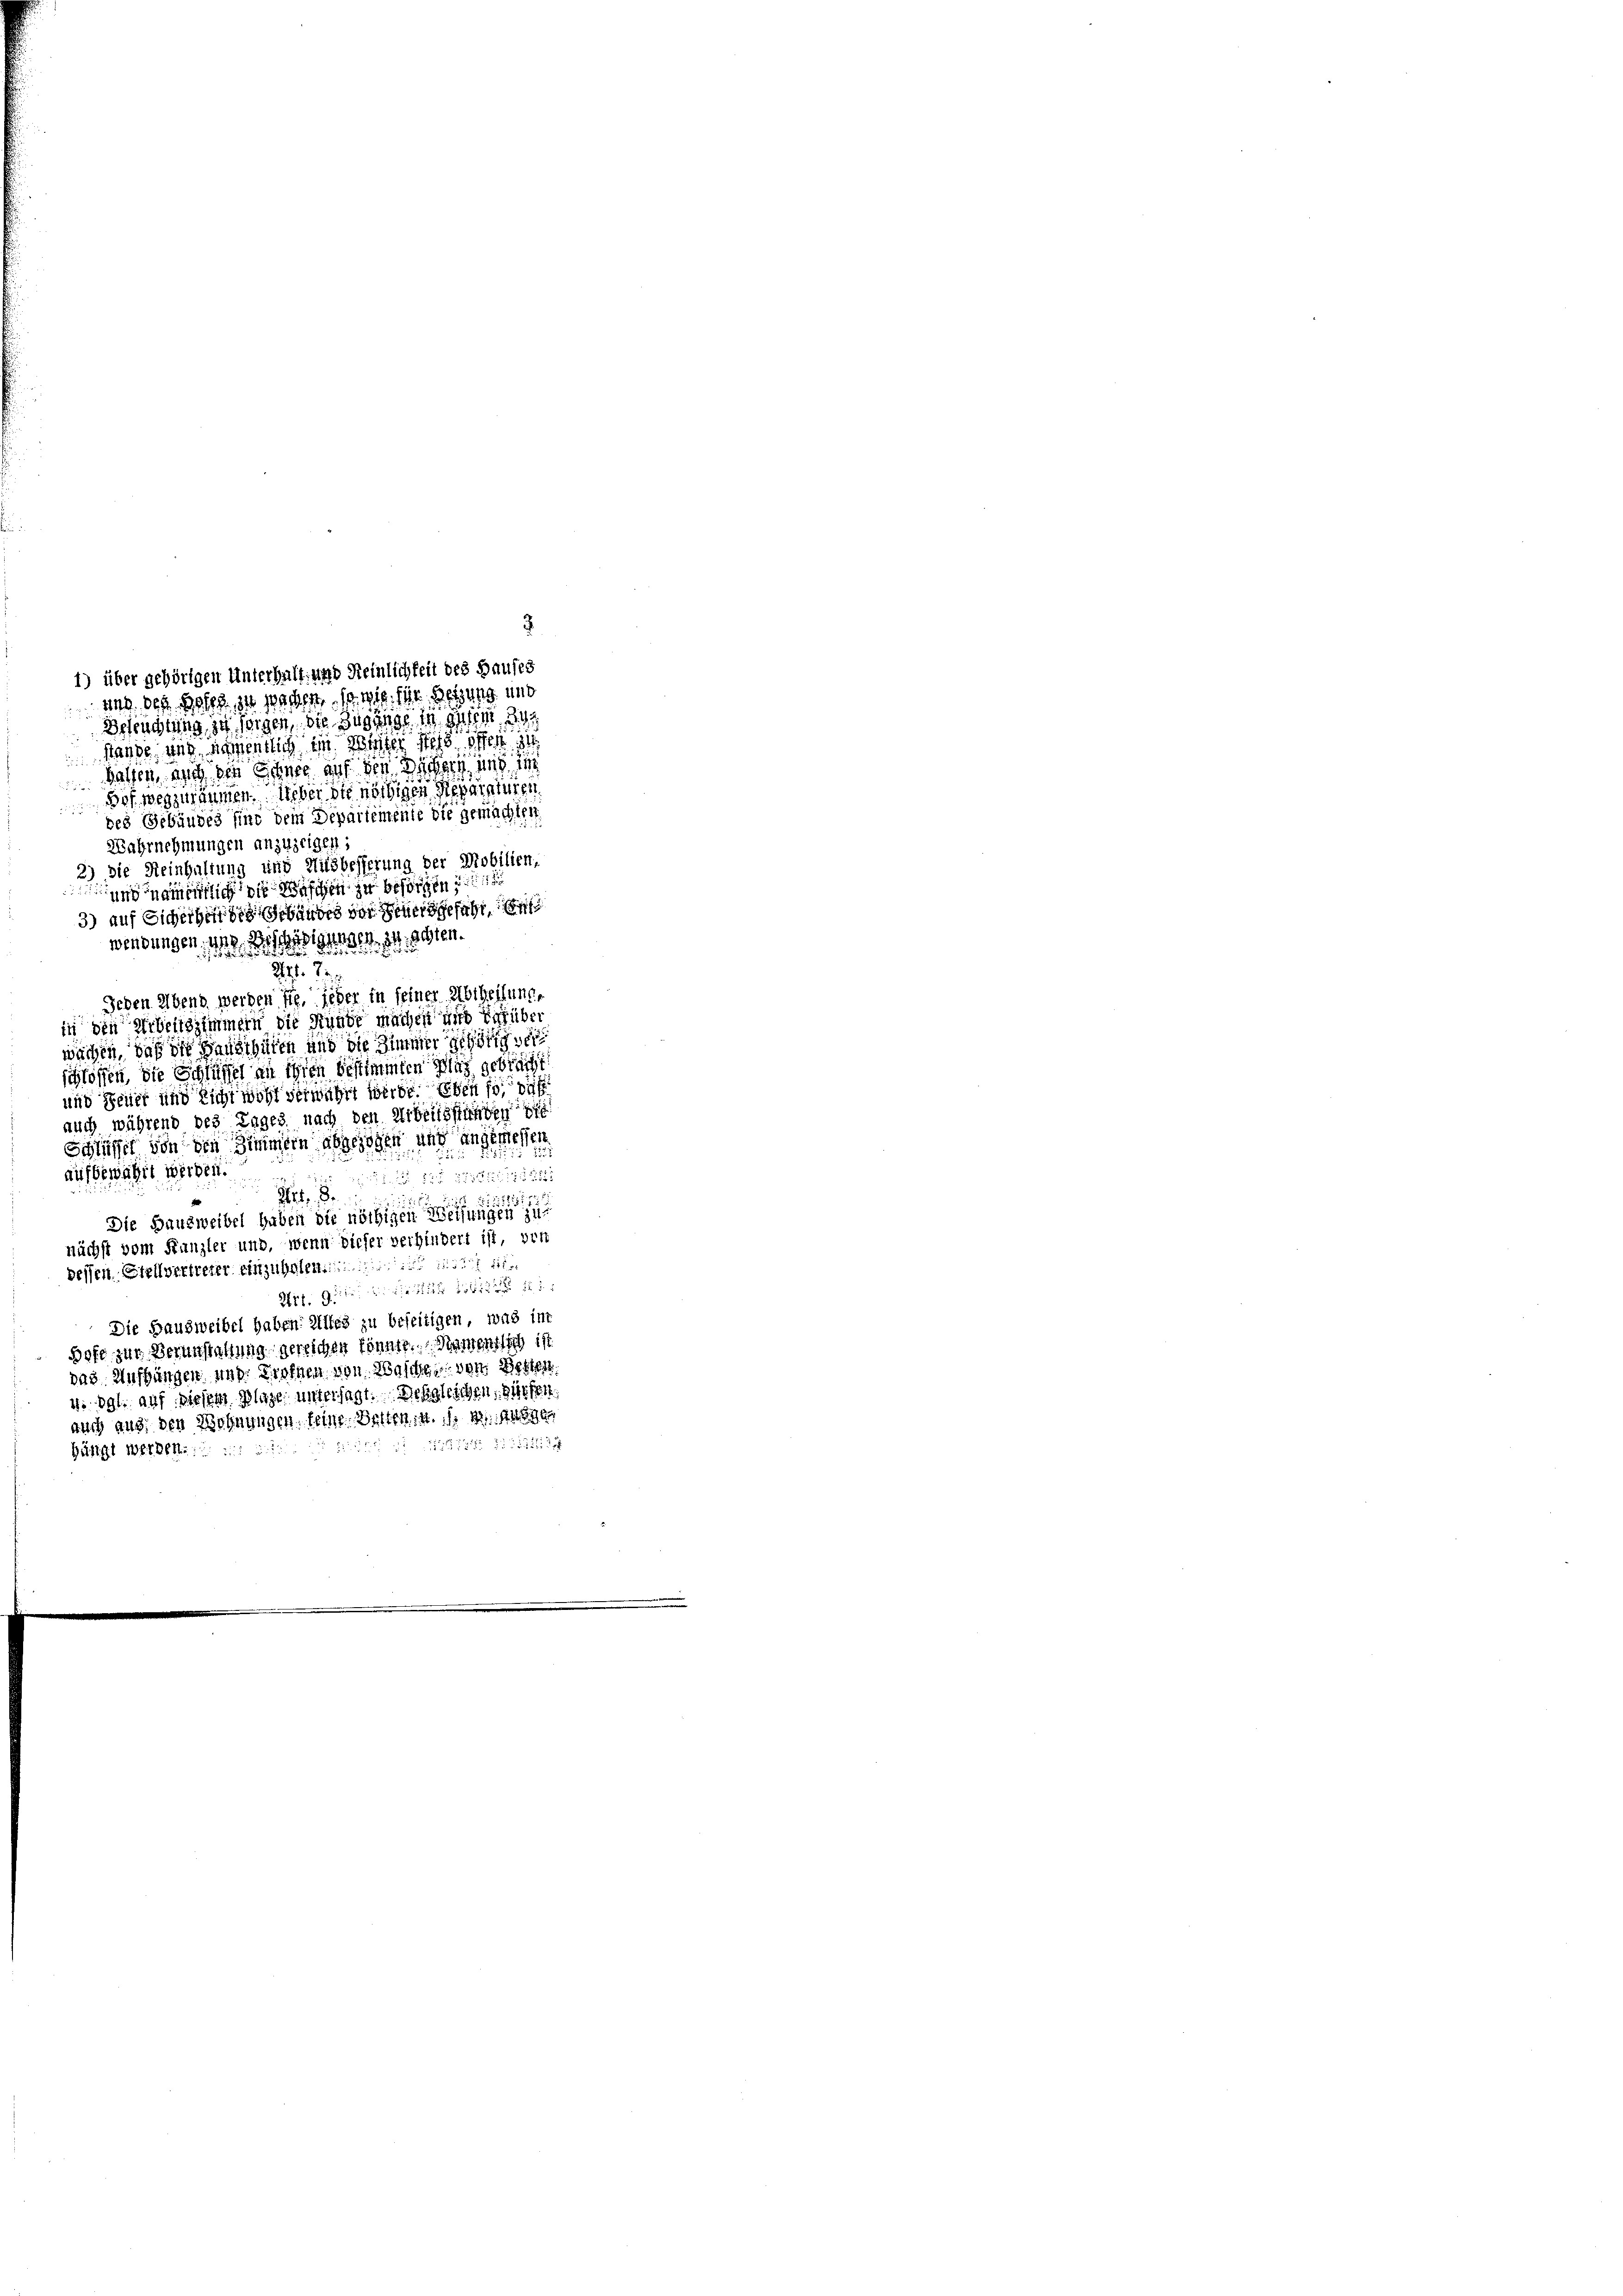
Hande, und ich mentlich im Weiter stes offen a
Gatten, auch der Schnee auf den Büchern, und di
Bef wegzuräumen. Ueber die nöthigen Reparaturen
des Gebäudes fint dem Deparientente die gemachten
Wahrnehmungen anzuzeigen,
2) Die Reinhaltung und Hüsbesserung der Mobilien,
und namentlich die Beschen zu besorgen
3) auf Sicheiben des Gebäudes vor Feuersgefahr
digten strechten.
wendungen, 419.
.
Art. 7.
Jeden Abend werden sie, jeder in seiner Abtheilunge
in den Arbeitszimmern die Stunde machen und darüber
wächen, daß die Hausthüren und die Zimmer gehörig seischlossen, die Schlüssel an ihren bestimmten Plag gebracht
und Feuer und Richt wohl verwahrt werde. Eben fo if
auch während des Tages nach den Arbeitsständen die
Schlüssel von den Zimmern abgezogen und angesehen
aufgewählt werden.
1. 111 2136/12535
Art. 8
22
Die Ganzweibel haben die nöthigen Weisungen zu
nächst vom Kanzler und, wenn dieser verhindert ist, von
dessen. Stellvertreter einzuholen ist al

Art. 9.
Die Hausweibel haben: Alles zu beseitigen, was in
Hofe zur Veranstaltung gereichen könnte. Namentlich ist
das Auffungen, und Proffen von Waschen dem Betten.
1. 891. auf diesem Plage untersagt. Ich gleichen, diesen.
auch aus den Wohnungen feine Betten ist. N. N. 11899
 515 No 1311318
hätigt werden.

2
1) über gehörigen Unterhalt, und Heinlichkeit des Hauses
und des Besch zu wachen, so wie ihr setzung und
Beleuchtung, zu weigen, die Zugange in gutem